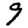
Digit: 9